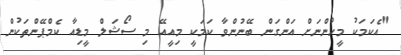
"އެކަމަކު މީހުންނަށް އަންގަން ބޭނުންވާ ކަމަކީ މިއީއޭ މި ސޯޝަލް މީޑިއާ ކެމްޕޭންތަކުން